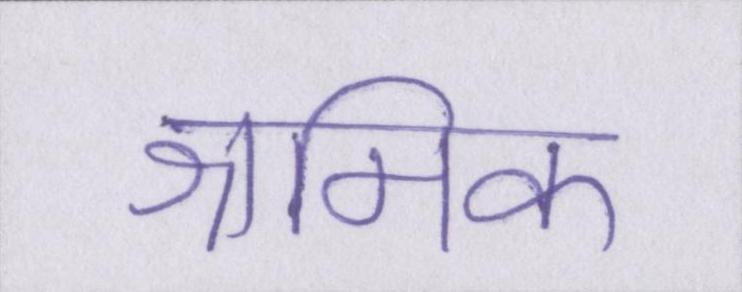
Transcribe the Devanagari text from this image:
श्रमिक